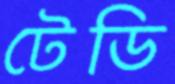
টেডি